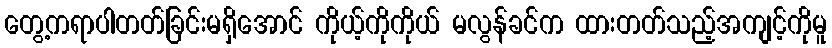
တွေ့ကရာပါတတ်ခြင်းမရှိအောင် ကိုယ့်ကိုကိုယ် မလွန်ခင်က ထားတတ်သည့်အကျင့်ကိုမူ